Triennial report on the lunatic asylums in the province of Eastern Bengal and Assam - 1903-1911
Year: 1903
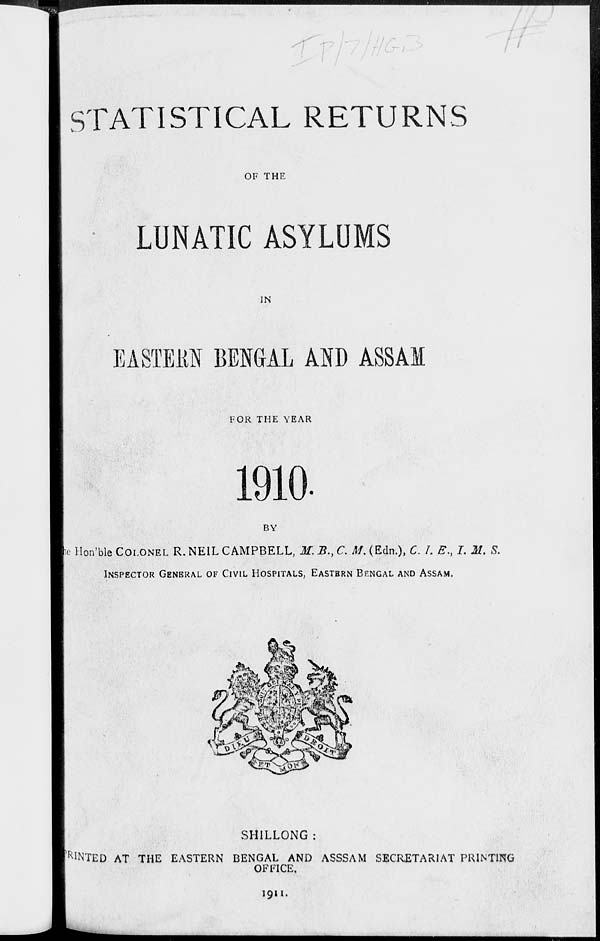
STATISTICAL RETURNS
OF THE
LUNATIC ASYLUMS
IN
EASTERN BENGAL AND ASSAM
FOR THE YEAR
1910.
BY
The Hon'ble COLONEL R. NEIL CAMPBELL, M. B., C. M. (Edn.), C. I. E., I. M. S.
INSPECTOR GENERAL OF CIVIL HOSPITALS, EASTERN BENGAL AND ASSAM.
SHILLONG :
PRINTED AT THE EASTERN BENGAL AND ASSSAM SECRETARIAT PRINTING
OFFICE.
1911.